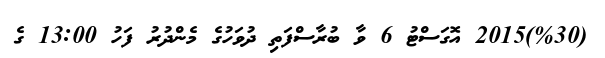
(%30)2015 އޮގަސްޓު 6 ވާ ބުރާސްފަތި ދުވަހުގެ މެންދުރު ފަހު 13:00 ގެ